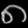
Digit: ၈